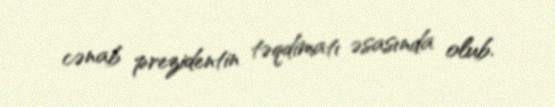
cənab prezidentin təqdimatı əsasında olub.